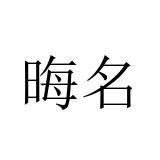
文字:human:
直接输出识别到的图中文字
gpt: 晦名